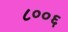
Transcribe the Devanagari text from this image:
८००६